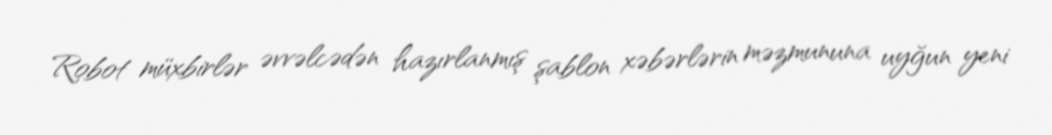
Robot müxbirlər əvvəlcədən hazırlanmış şablon xəbərlərin məzmununa uyğun yeni